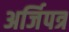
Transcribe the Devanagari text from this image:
अर्जिपत्र